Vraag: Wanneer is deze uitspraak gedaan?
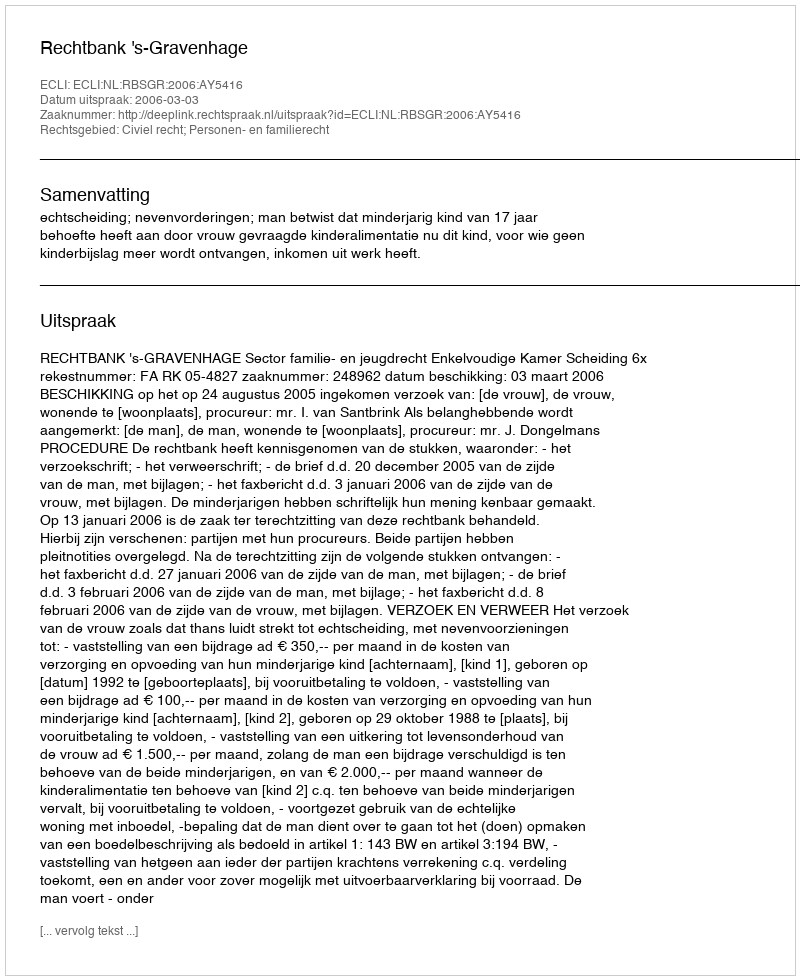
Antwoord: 2006-03-03